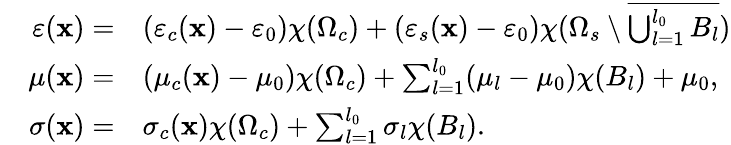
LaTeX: \begin{array}{rl}{\varepsilon(\mathbf{x})=}&{{}(\varepsilon_{c}(\mathbf{x})-\varepsilon_{0})\chi(\Omega_{c})+(\varepsilon_{s}(\mathbf{x})-\varepsilon_{0})\chi(\Omega_{s}\setminus\overline{{\bigcup_{l=1}^{l_{0}}B_{l}}})}\\ {\quad\mu(\mathbf{x})=}&{{}(\mu_{c}(\mathbf{x})-\mu_{0})\chi(\Omega_{c})+\sum_{l=1}^{l_{0}}(\mu_{l}-\mu_{0})\chi(B_{l})+\mu_{0},}\\ {\sigma(\mathbf{x})=}&{{}\sigma_{c}(\mathbf{x})\chi(\Omega_{c})+\sum_{l=1}^{l_{0}}\sigma_{l}\chi(B_{l}).}\end{array}